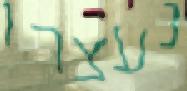
נעצרו